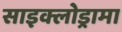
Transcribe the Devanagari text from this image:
साइक्लोड्रामा